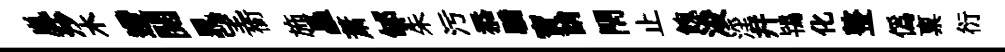
嵐莎木遰閱晁望銜斾矗萧郇朱污忝驕寳誚閇止餽浚淫幷鴇化整偽禀衍